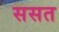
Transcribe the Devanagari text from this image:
ससत